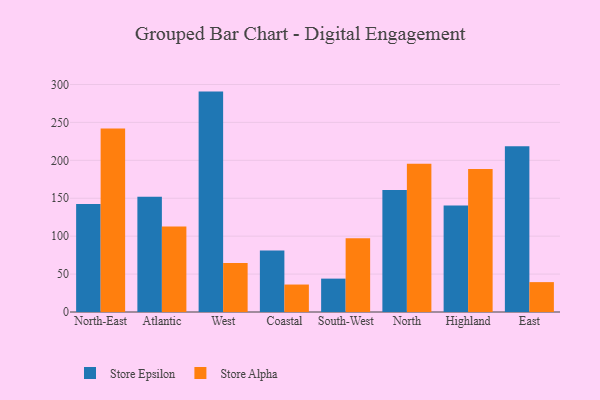
{"axis": {"x": "Region", "y": "Energy Usage (MWh)"}, "legend": ["Store Alpha", "Store Epsilon"], "data": [{"x": "North-East", "y": 142.3, "type": "Store Epsilon"}, {"x": "North-East", "y": 242.0, "type": "Store Alpha"}, {"x": "Atlantic", "y": 152.0, "type": "Store Epsilon"}, {"x": "Atlantic", "y": 112.7, "type": "Store Alpha"}, {"x": "West", "y": 290.6, "type": "Store Epsilon"}, {"x": "West", "y": 64.7, "type": "Store Alpha"}, {"x": "Coastal", "y": 81.2, "type": "Store Epsilon"}, {"x": "Coastal", "y": 36.2, "type": "Store Alpha"}, {"x": "South-West", "y": 44.0, "type": "Store Epsilon"}, {"x": "South-West", "y": 97.2, "type": "Store Alpha"}, {"x": "North", "y": 160.9, "type": "Store Epsilon"}, {"x": "North", "y": 195.5, "type": "Store Alpha"}, {"x": "Highland", "y": 140.4, "type": "Store Epsilon"}, {"x": "Highland", "y": 188.4, "type": "Store Alpha"}, {"x": "East", "y": 218.6, "type": "Store Epsilon"}, {"x": "East", "y": 39.4, "type": "Store Alpha"}]}